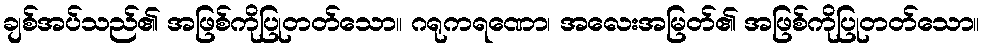
ချစ်အပ်သည်၏ အဖြစ်ကိုပြုတတ်သော။ ဂရုကရဏော၊ အလေးအမြတ်၏ အဖြစ်ကိုပြုတတ်သော။